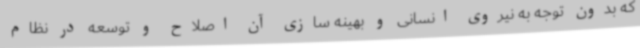
که بدون توجه به نیروی انسانی و بهینه سازی آن اصلاح و توسعه در نظام